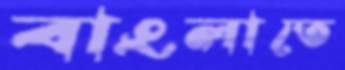
বাংলাতে